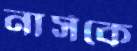
নার্সকে